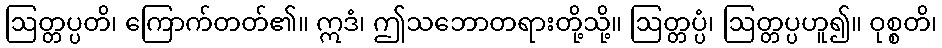
ဩတ္တပ္ပတိ၊ ကြောက်တတ်၏။ ဣဒံ၊ ဤသဘောတရားတို့သို့။ ဩတ္တပ္ပံ၊ ဩတ္တပ္ပဟူ၍။ ဝုစ္စတိ၊